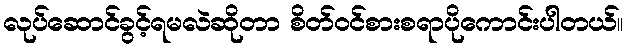
လုပ်ဆောင်ခွင့်ရမလဲဆိုတာ စိတ်ဝင်စားစရာပိုကောင်းပါတယ်။